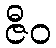
ဇီဝ